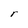
Character: r